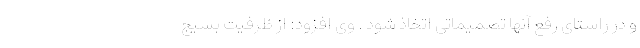
و در راستای رفع آنها تصمیماتی اتخاذ شود . وی افزود: از ظرفیت بسیج